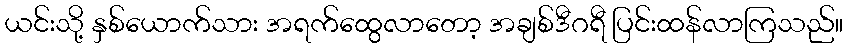
ယင်းသို့ နှစ်ယောက်သား အရက်ထွေလာတော့ အချစ်ဒီဂရီ ပြင်းထန်လာကြသည်။